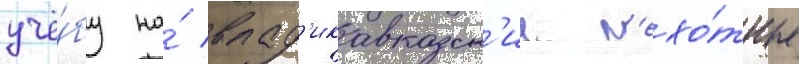
учё́бу на́ влад'икавказск'ие п'ехо́тные